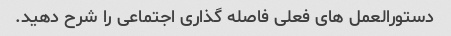
دستورالعمل های فعلی فاصله گذاری اجتماعی را شرح دهید.